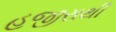
હજીરાથી